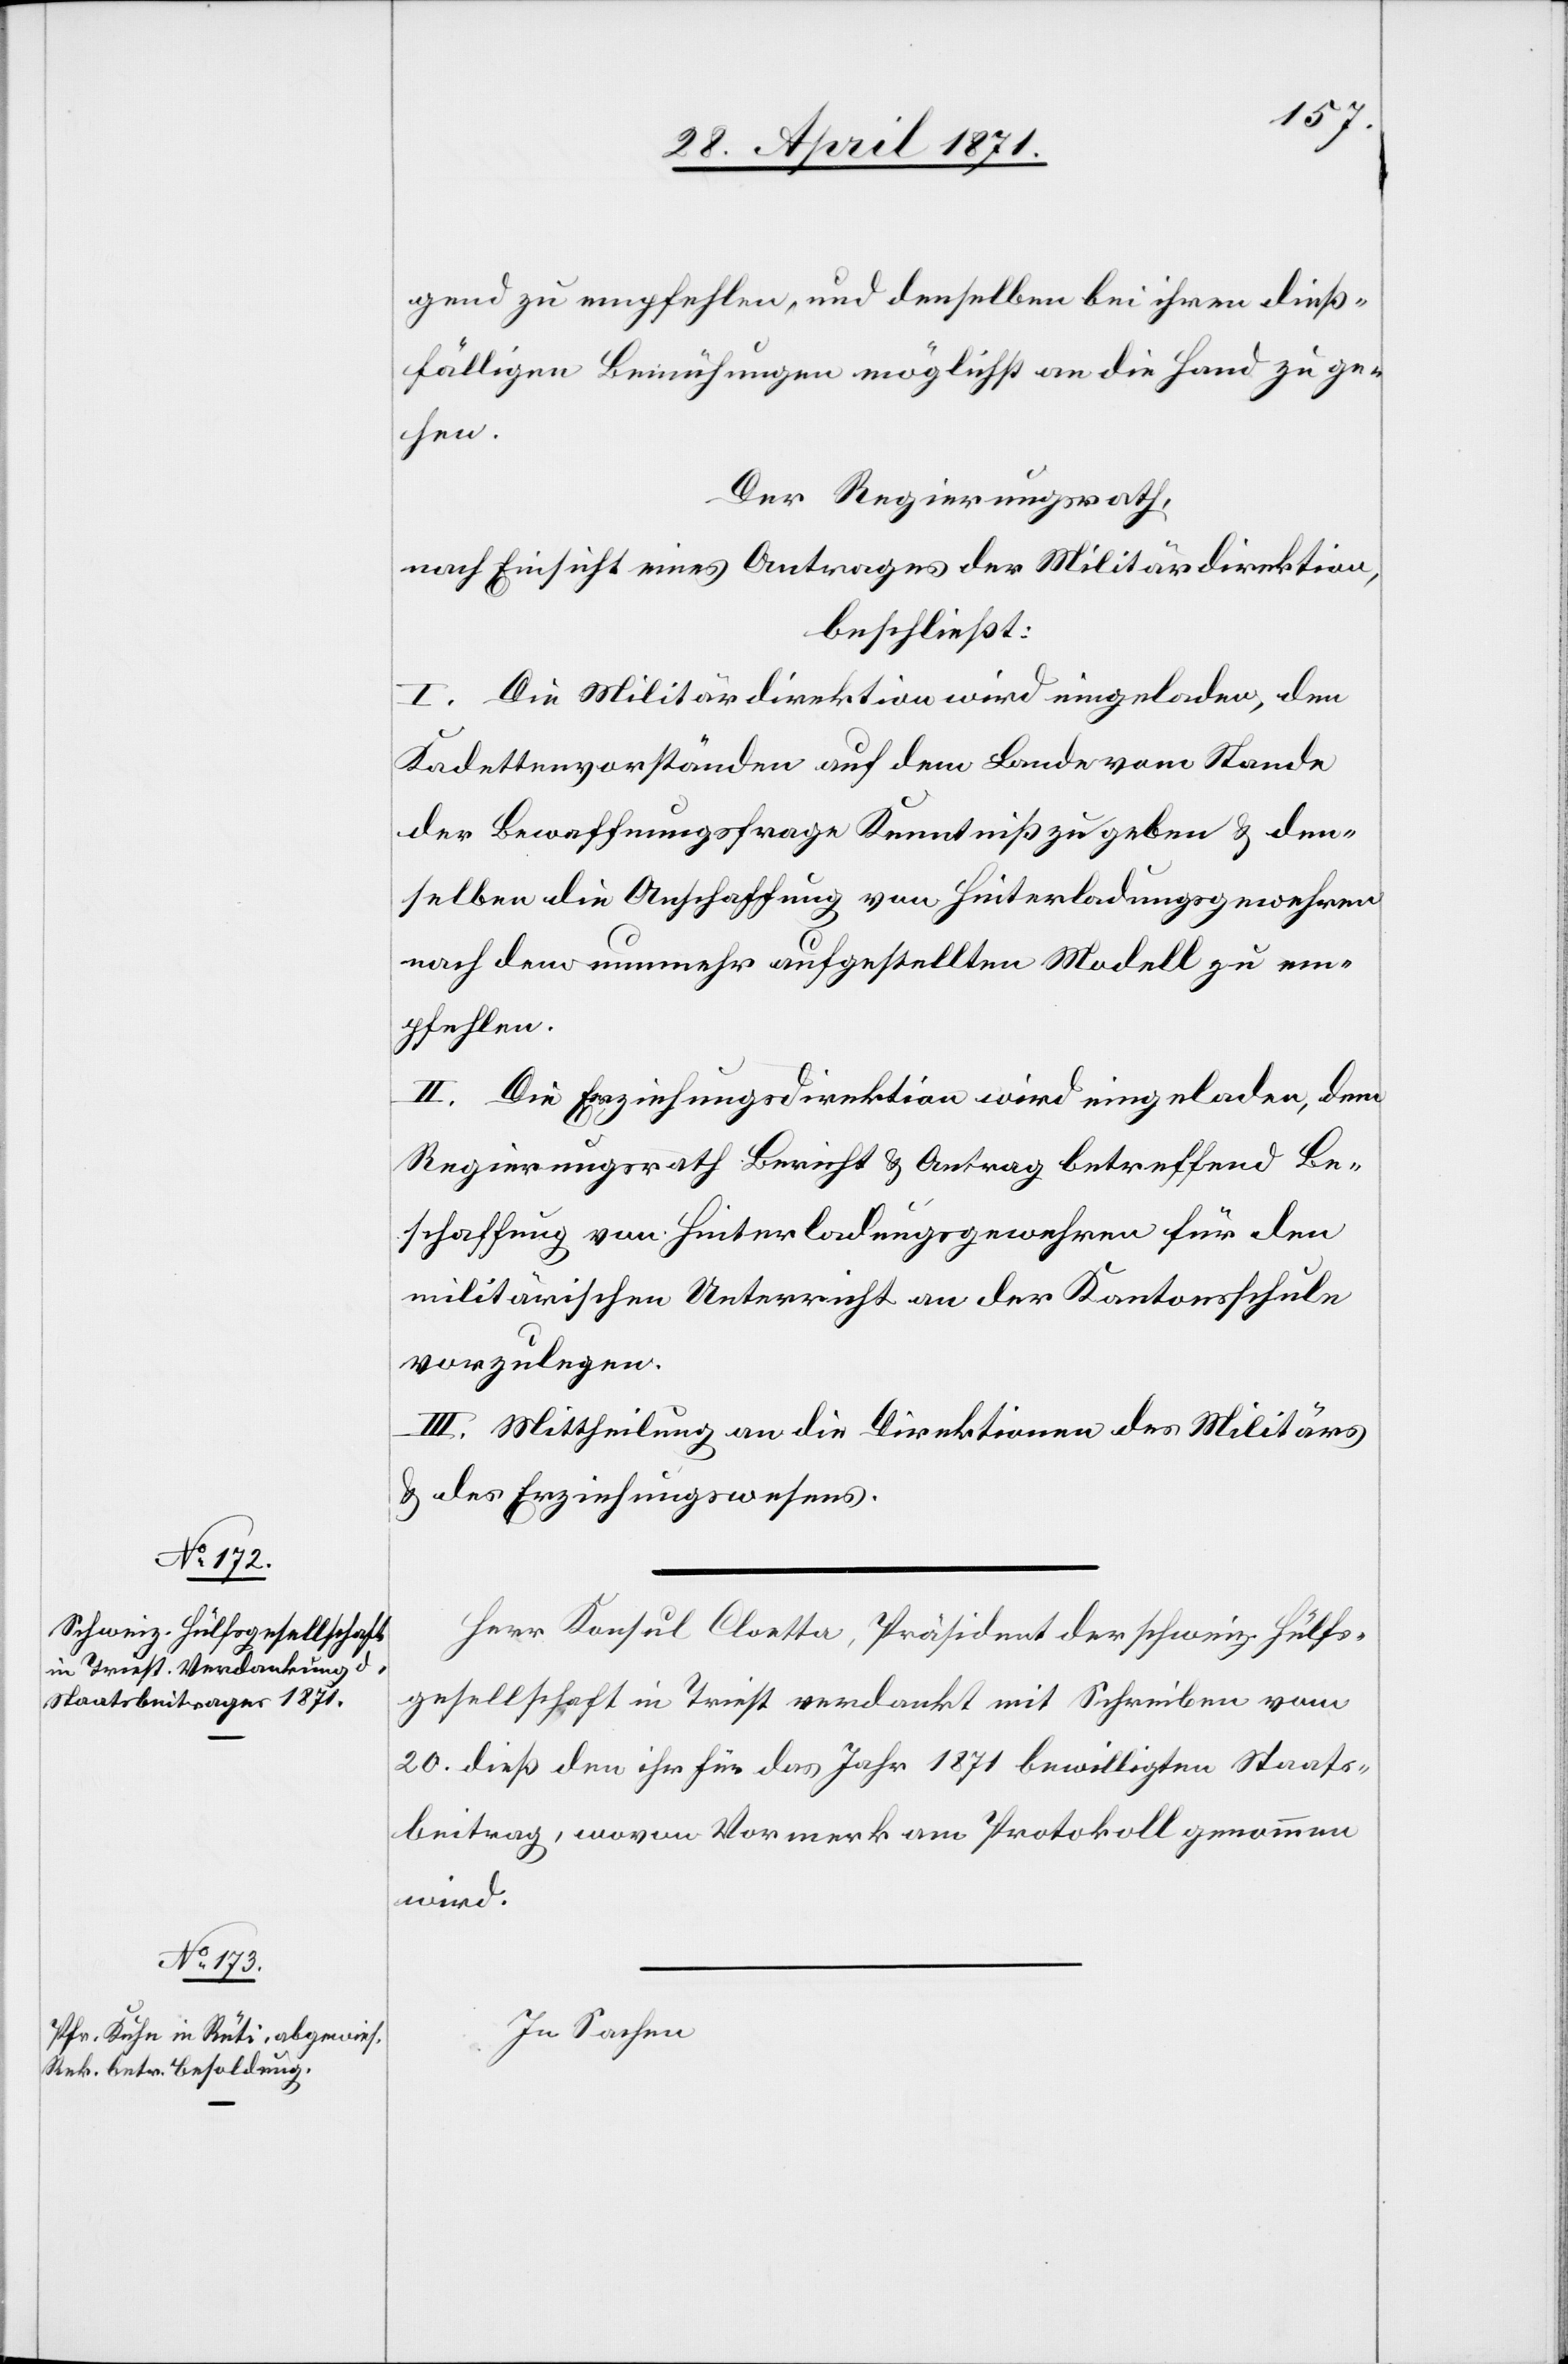
gend zu empfehlen, und denselben bei ihren dieß¬
fälligen Bemühungen möglichst an die Hand zu ge¬
hen.
Der Regierungsrath,
nach Einsicht eines Antrages der Militärdirektion,
beschließt:
I. Die Militärdirektion wird eingeladen, den
Kadettenvorständen auf dem Lande vom Stande
der Bewaffnungsfrage Kenntniß zu geben u. den¬
selben die Anschaffung von Hinterladungsgewehren
nach dem nunmehr aufgestellten Modell zu em¬
pfehlen.
II. Die Erziehungsdirektion wird eingeladen, dem
Regierungsrath Bericht u. Antrag betreffend Be¬
schaffung von Hinterladungsgewehren für den
militärischen Unterricht an der Kantonsschule
vorzulegen.
III. Mittheilung an die Direktion des Militärs
u. des Erziehungswesens.
Herr Konsul Cloetta, Präsident der schweiz. Hülfs¬
gesellschaft in Triest verdankt mit Schreiben vom
20. dieß den ihr für das Jahr 1871 bewilligten Staats¬
beitrag, wovon Vormerk am Protokoll genommen
wird.
In Sachen